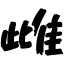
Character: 雌